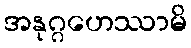
အနုဂ္ဂဟေဿာမိ